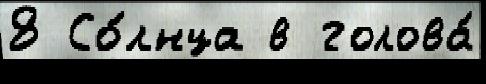
8 Со́лнца в голова́